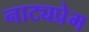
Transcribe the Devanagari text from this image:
नाट्यप्रेम